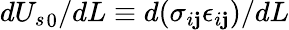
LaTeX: d{U_{s}}_{0}/dL\equiv{d(\sigma_{i\mathbf{j}}\epsilon_{i\mathbf{j}})/dL}